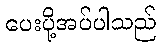
ပေးပို့အပ်ပါသည်